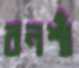
বনশাঁ